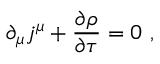
\partial _ { \mu } j ^ { \mu } + \frac { \partial \rho } { \partial \tau } = 0 \ ,